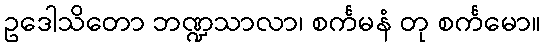
ဥဒေါသိတော ဘဏ္ဍသာလာ၊ စင်္ကမနံ တု စင်္ကမော။